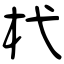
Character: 杙